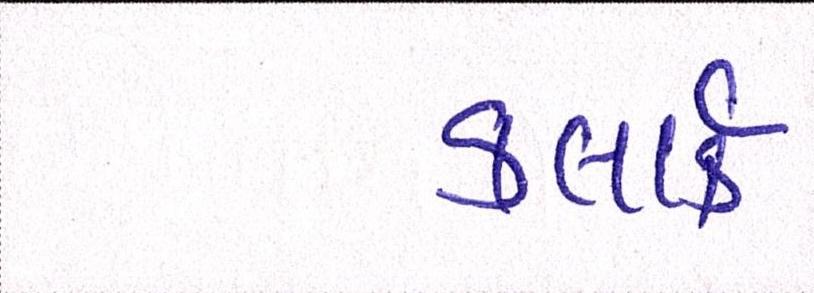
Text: કલાર્ક